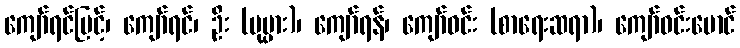
ကျော်ရင်မြင့်၊ ကျော်ရင်၊ ဦး (ပုပ္ပား)၊ ကျော်ရန်၊ ကျော်ဝင်း (စာရေးဆရာ)၊ ကျော်ဝင်းမောင်